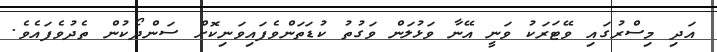
އަދި މިސްރުގައި ވޭޓަރަކު ވަނީ އޭނާ ވަޅުލަން ވަގުތު ކުޑަތަންވެފައިވަނިކޮށް ސަންދޯކުން ތެދުވެފައެވެ.